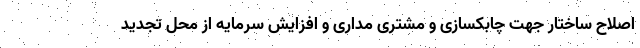
اصلاح ساختار جهت چابکسازی و مشتری مداری و افزایش سرمایه از محل تجدید